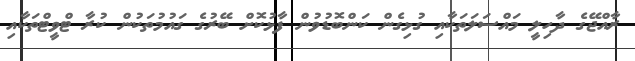
ރާއްޖޭގެ ދާހިލީ މައްސަލަތަކާއި ގުޅިގެން ކަންބޮޑުވުން ފާޅުކޮށް ބޭރުގެ ގައުމުތަކުން ކުރާ ޓްވީޓްތަކާއި